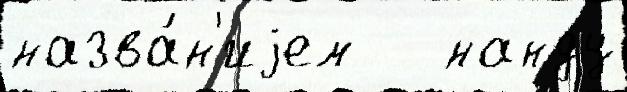
назва́н'иjем   нанду